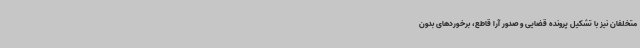
متخلفان نیز با تشکیل پرونده قضایی و صدور آرا قاطع، برخوردهای بدون